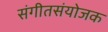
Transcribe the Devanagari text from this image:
संगीतसंयोजक